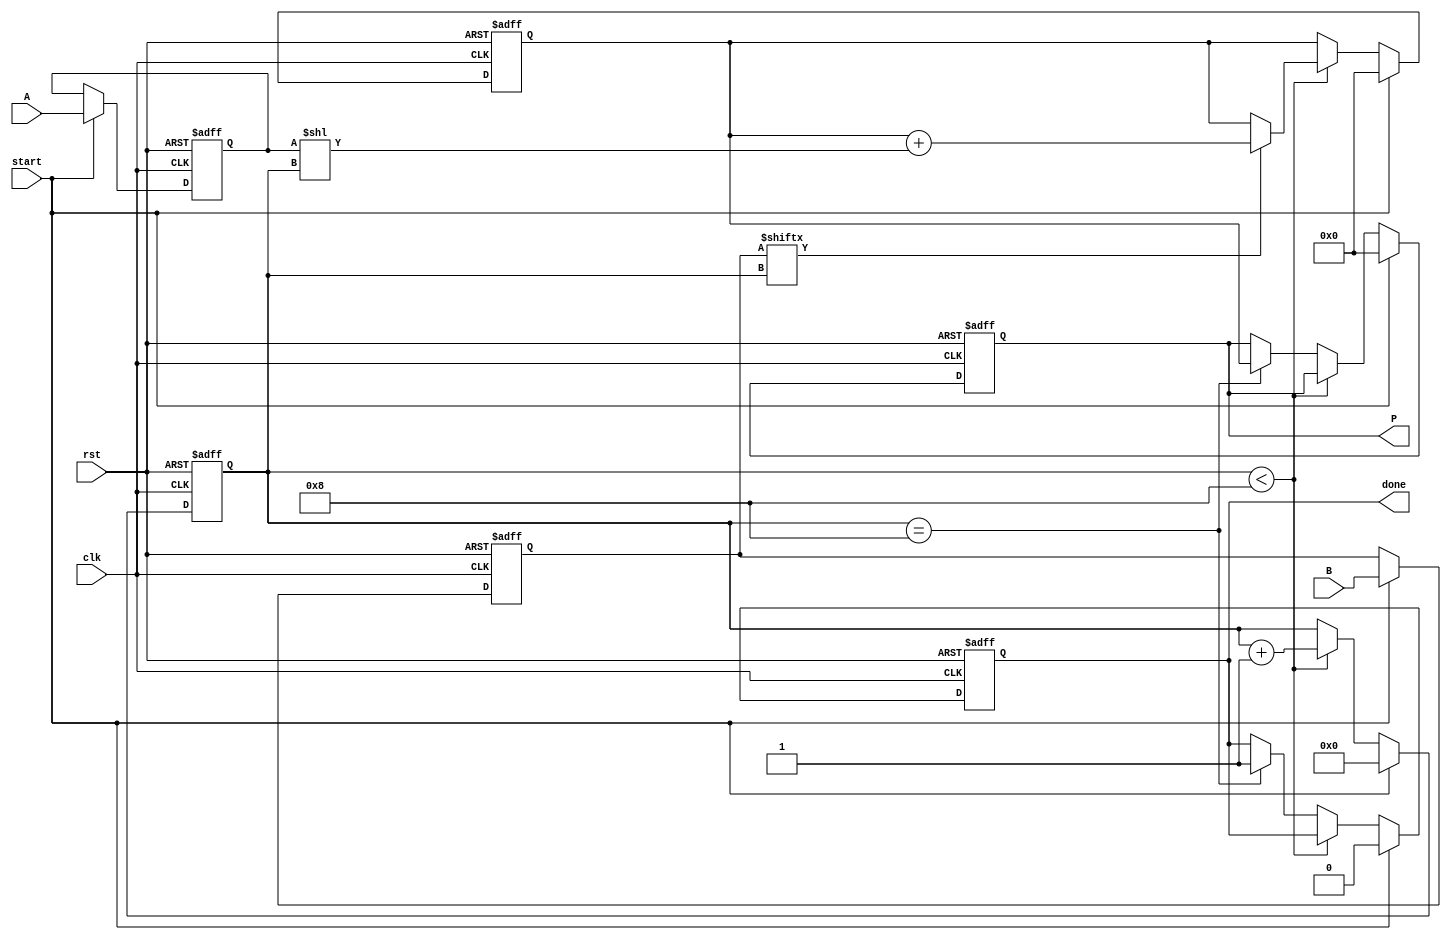
module radix2_multiplier #(parameter n = 8) (
    input wire [n-1:0] A,       // Multiplicand
    input wire [n-1:0] B,       // Multiplier
    input wire start,           // Control signal to start multiplication
    input wire clk,             // Clock signal
    input wire rst,             // Reset signal
    output reg [2*n-1:0] P,     // Product
    output reg done             // Multiplication done signal
);

    reg [n-1:0] A_shifted;      // Shifted version of A
    reg [n-1:0] B_reg;          // Register for B
    reg [2*n-1:0] partial_sum;  // Accumulating partial sum
    reg [3:0] count;            // Counter for the number of bits processed

    always @(posedge clk or posedge rst) begin
        if (rst) begin
            P <= 0;
            partial_sum <= 0;
            A_shifted <= 0;
            B_reg <= 0;
            count <= 0;
            done <= 0;
        end else if (start) begin
            // Initialize registers
            P <= 0;
            partial_sum <= 0;
            A_shifted <= A;
            B_reg <= B;
            count <= 0;
            done <= 0;
        end else if (count < n) begin
            // Check the current bit of B
            if (B_reg[count]) begin
                // If the bit is 1, add the shifted A to the partial sum
                partial_sum <= partial_sum + (A_shifted << count);
            end
            count <= count + 1; // Move to the next bit
        end else if (count == n) begin
            // Finalize the product
            P <= partial_sum;
            done <= 1; // Indicate multiplication is done
        end
    end
endmodule